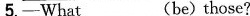
-They are pictures of my family.